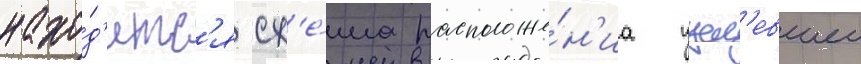
нахо́д'итс'я сх'е́ма расположе́н'иа уцел'евшеи